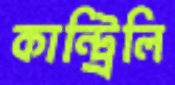
কান্ট্রিলি